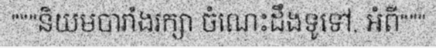
"""និយមបារាំងរក្សា ចំណេះដឹងទូទៅ, អំពី"""